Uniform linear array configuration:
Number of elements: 64
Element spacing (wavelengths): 0.5
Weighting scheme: exponential
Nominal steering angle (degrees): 0
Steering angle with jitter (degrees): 0.04538
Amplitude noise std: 0.05
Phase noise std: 0.05

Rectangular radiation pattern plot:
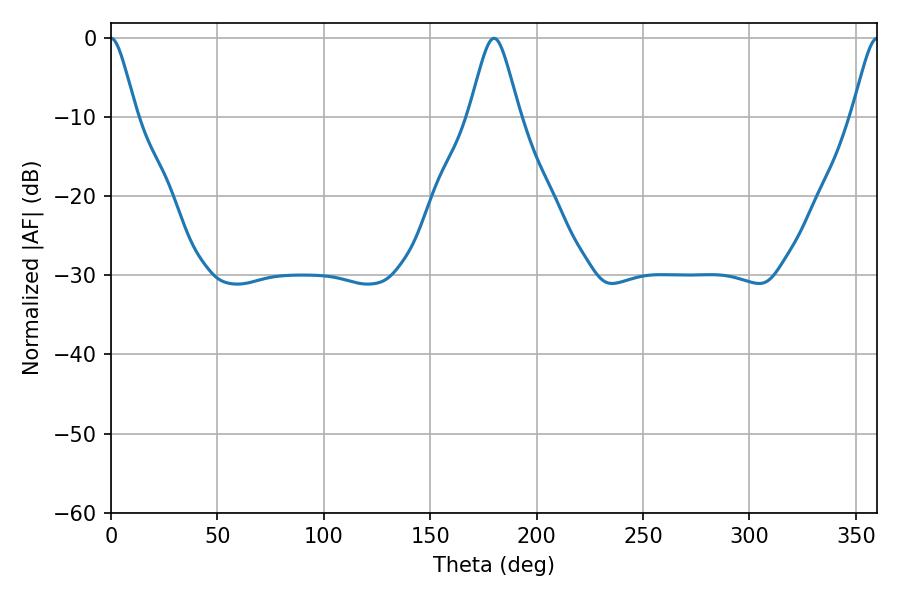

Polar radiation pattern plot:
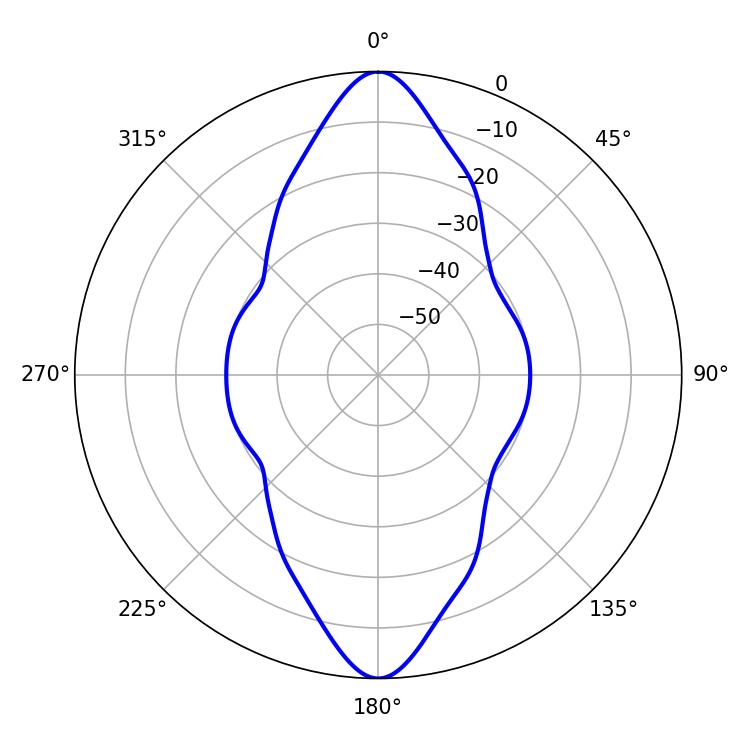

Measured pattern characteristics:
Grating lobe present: FALSE
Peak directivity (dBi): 34.892
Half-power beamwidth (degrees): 5.76
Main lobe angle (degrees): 0